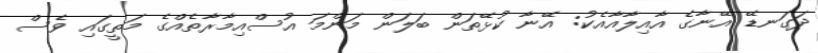
ދަގަނޑޭ އޭނާގެ އާއިލާއާއެކު: އޭނާ ކުޅޭތަން ބަލަން މަންމަ އުސްއިމާރާތެއްގެ މަތީގައި ވެސް